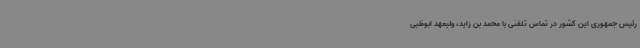
رئیس جمهوری این کشور در تماس تلفنی با محمد بن زاید، ولیعهد ابوظبی